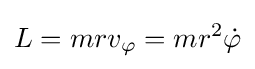
L=mrv_{\varphi }=mr^{2}{\dot {\varphi }}